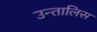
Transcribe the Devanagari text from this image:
उन्तालिस